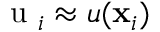
\mathrm { ~ u ~ } _ { i } \approx u ( \mathbf { x } _ { i } )